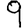
Digit: 9